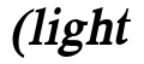
(light